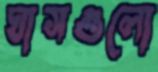
ঘাসগুলো